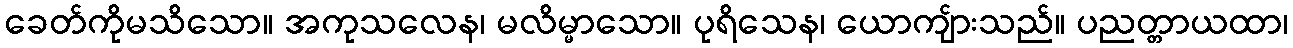
ခေတ်ကိုမသိသော။ အကုသလေန၊ မလိမ္မာသော။ ပုရိသေန၊ ယောကျ်ားသည်။ ပညတ္တာယထာ၊